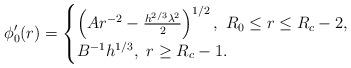
LaTeX: \begin{align*} \phi'_0(r) = \begin{cases} \left(A r^{-2}-\frac{h^{2/3}\lambda^2}{2}\right)^{1/2}, ~ R_0\leq r \leq R_c-2, \\ {B}^{-1}h^{1/3}, ~ r \geq R_c-1. \end{cases} \end{align*}